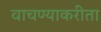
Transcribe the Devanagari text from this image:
वाचण्याकरीता